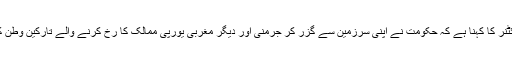
آسٹریا کی وزیرداخلہ یوہانا مِکل لائٹنر کا کہنا ہے کہ حکومت نے اپنی سرزمین سے گزر کر جرمنی اور دیگر مغربی یورپی ممالک کا رخ کرنے والے تارکین وطن کی یومیہ حد مقرر کر دی گئی ہے۔